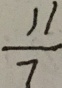
\frac { 1 1 } { 7 }